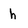
Character: h